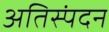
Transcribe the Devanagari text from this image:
अतिस्पंदन